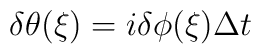
\delta\theta(\xi)=i\delta\phi(\xi)\Delta t